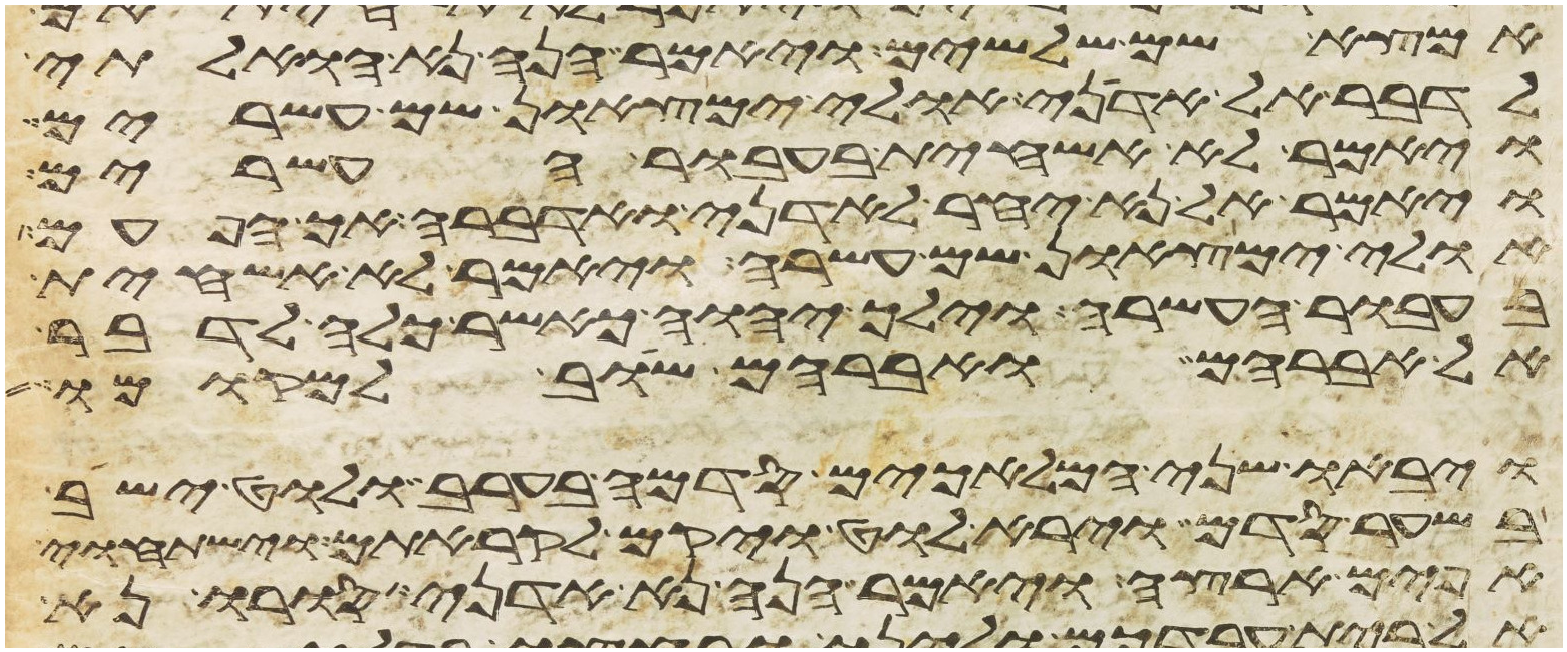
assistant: אמצא שם שלשים ויאמר הנה נא הואלתי
לדבר אל אדני אולי ימצאון שם עשרים
ויאמר לא אשחית בעבור העשרים
ויאמר אל נא יחר לאדני ואדברה אך הפעם
אולי ימצאון שם עשרה ויאמר לא אשחית
בעבור העשרה וילך יהוה כאשר כלה לדבר
אל אברהם ואברהם שב למקומו
ויבאו שני המלאכים סדמה בערב ולוט ישב
בשער סדם וירא לוט ויקם לקראתם וישתחוי
אפים ארצה ויאמר הנה נא אדני סורו נא